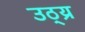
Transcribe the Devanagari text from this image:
उठ्य्र